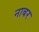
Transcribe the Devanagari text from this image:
नाबर